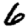
Digit: 6